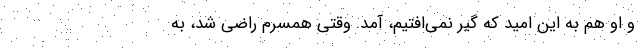
و او هم به این امید که گیر نمی‌افتیم، آمد. وقتی همسرم راضی شد، به